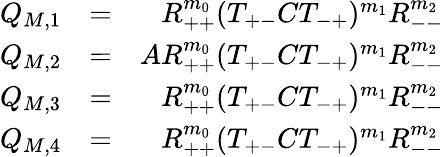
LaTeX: \begin{array}{rlr}{Q_{M,1}}&{=}&{R_{++}^{m_{0}}(T_{+-}CT_{-+})^{m_{1}}R_{--}^{m_{2}}}\\ {Q_{M,2}}&{=}&{AR_{++}^{m_{0}}(T_{+-}CT_{-+})^{m_{1}}R_{--}^{m_{2}}}\\ {Q_{M,3}}&{=}&{R_{++}^{m_{0}}(T_{+-}CT_{-+})^{m_{1}}R_{--}^{m_{2}}}\\ {Q_{M,4}}&{=}&{R_{++}^{m_{0}}(T_{+-}CT_{-+})^{m_{1}}R_{--}^{m_{2}}}\end{array}